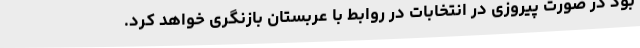
بود در صورت پیروزی در انتخابات در روابط با عربستان بازنگری خواهد کرد.